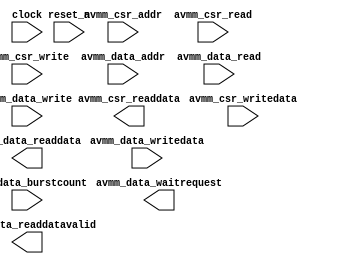

module my_onchip_flash (
	clock,
	avmm_csr_addr,
	avmm_csr_read,
	avmm_csr_writedata,
	avmm_csr_write,
	avmm_csr_readdata,
	avmm_data_addr,
	avmm_data_read,
	avmm_data_writedata,
	avmm_data_write,
	avmm_data_readdata,
	avmm_data_waitrequest,
	avmm_data_readdatavalid,
	avmm_data_burstcount,
	reset_n);	

	input		clock;
	input		avmm_csr_addr;
	input		avmm_csr_read;
	input	[31:0]	avmm_csr_writedata;
	input		avmm_csr_write;
	output	[31:0]	avmm_csr_readdata;
	input	[16:0]	avmm_data_addr;
	input		avmm_data_read;
	input	[31:0]	avmm_data_writedata;
	input		avmm_data_write;
	output	[31:0]	avmm_data_readdata;
	output		avmm_data_waitrequest;
	output		avmm_data_readdatavalid;
	input	[1:0]	avmm_data_burstcount;
	input		reset_n;
endmodule